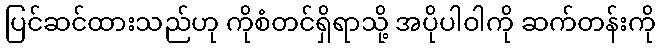
ပြင်ဆင်ထားသည်ဟု ကိုစံတင်ရှိရာသို့ အပိုပါဝါကို ဆက်တန်းကို